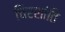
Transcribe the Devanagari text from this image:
चिरशांति